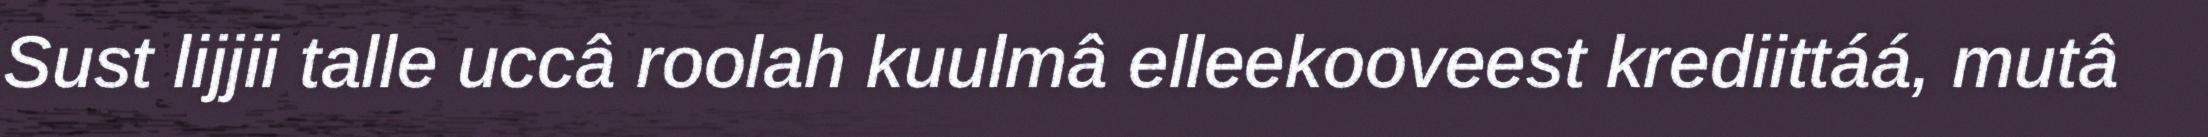
Sust lijjii talle uccâ roolah kuulmâ elleekooveest krediittáá, mutâ